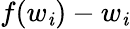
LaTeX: f(w_{\mathit{i}})-w_{\mathit{i}}